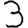
Digit: 3